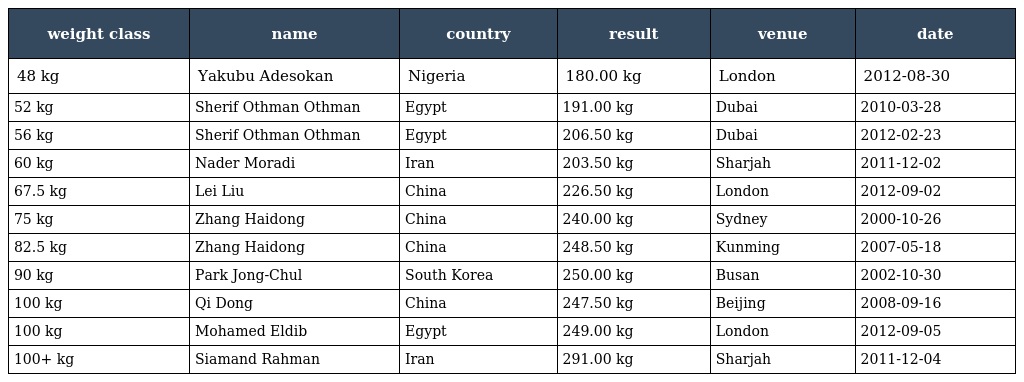
| weight class | name | country | result | venue | date |
 | --- | --- | --- | --- | --- | --- |
 | 48 kg | Yakubu Adesokan | Nigeria | 180.00 kg | London | 2012-08-30 |
 | 52 kg | Sherif Othman Othman | Egypt | 191.00 kg | Dubai | 2010-03-28 |
 | 56 kg | Sherif Othman Othman | Egypt | 206.50 kg | Dubai | 2012-02-23 |
 | 60 kg | Nader Moradi | Iran | 203.50 kg | Sharjah | 2011-12-02 |
 | 67.5 kg | Lei Liu | China | 226.50 kg | London | 2012-09-02 |
 | 75 kg | Zhang Haidong | China | 240.00 kg | Sydney | 2000-10-26 |
 | 82.5 kg | Zhang Haidong | China | 248.50 kg | Kunming | 2007-05-18 |
 | 90 kg | Park Jong-Chul | South Korea | 250.00 kg | Busan | 2002-10-30 |
 | 100 kg | Qi Dong | China | 247.50 kg | Beijing | 2008-09-16 |
 | 100 kg | Mohamed Eldib | Egypt | 249.00 kg | London | 2012-09-05 |
 | 100+ kg | Siamand Rahman | Iran | 291.00 kg | Sharjah | 2011-12-04 |